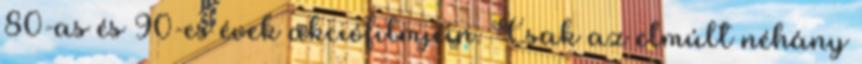
80-as és 90-es évek akciófilmjein. Csak az elmúlt néhány